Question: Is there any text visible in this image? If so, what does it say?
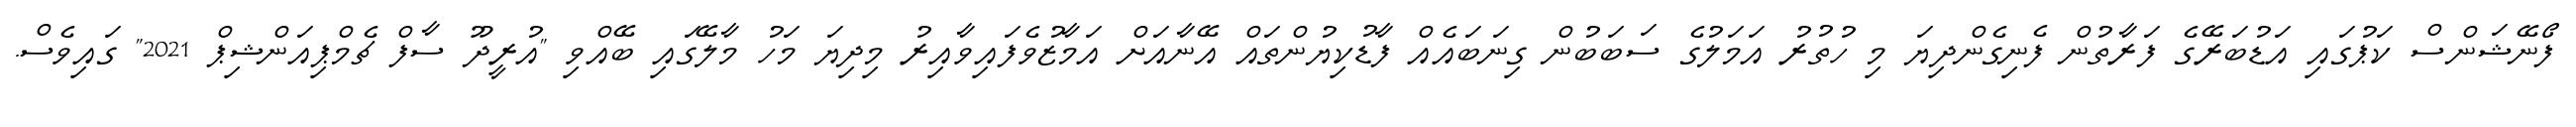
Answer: ފޯނޭޝަންސް ކަޕުގައި އަޑުބަރޭގެ ފަރާތުން ފެނިގެންދިޔަ މި ހުތުރު އަމަލުގެ ސަބަބުން ގިނަބައެއް ފާޑުކިޔުންތައް އޭނާއަށް އަމާޒުވެފައިވާއިރު މިދިޔަ މަހު މާލޭގައި ބޭއްވި "އުރީދޫ ސާފް ޗެމްޕިއަންޝިޕް 2021" ގައިވެސް.